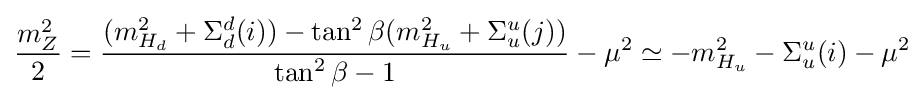
{\frac {m_{Z}^{2}}{2}}={\frac {(m_{H_{d}}^{2}+\Sigma _{d}^{d}(i))-\tan ^{2}\beta (m_{H_{u}}^{2}+\Sigma _{u}^{u}(j))}{\tan ^{2}\beta -1}}-\mu ^{2}\simeq -m_{H_{u}}^{2}-\Sigma _{u}^{u}(i)-\mu ^{2}